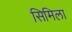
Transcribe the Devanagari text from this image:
सिमिला